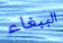
الببغاء